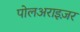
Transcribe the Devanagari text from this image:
पोलअराइज़र